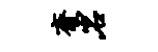
斋岩